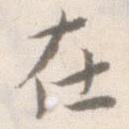
在